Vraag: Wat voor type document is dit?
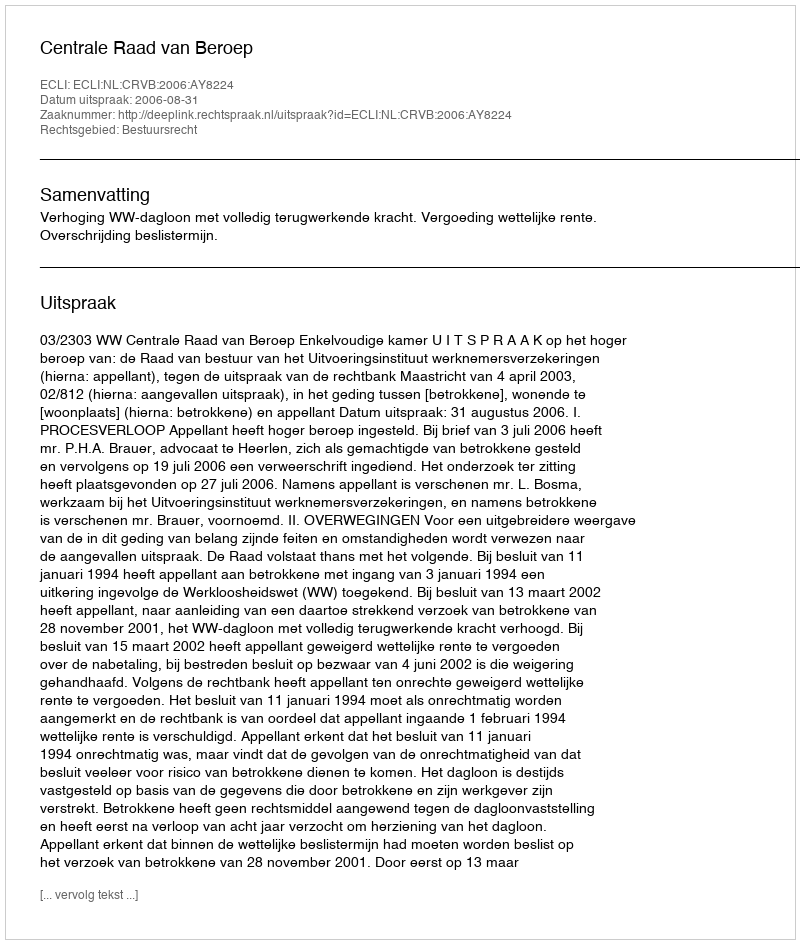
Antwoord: Uitspraak